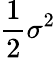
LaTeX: {\frac{1}{2}}\sigma^{2}